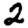
Digit: 2